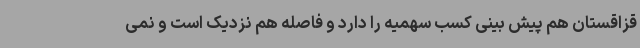
قزاقستان هم پیش بینی کسب سهمیه را دارد و فاصله هم نزدیک است و نمی